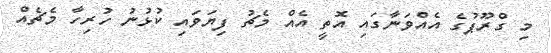
މި ގްރޫޕުގެ އެއްވަނާގައި އޮތީ އެއް މެޗު ފިޔަވައި ކުޅުނު ހުރިހާ މެޗެއް